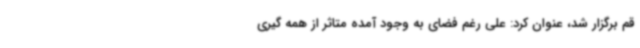
قم برگزار شد، عنوان کرد: علی رغم فضای به وجود آمده متاثر از همه گیری